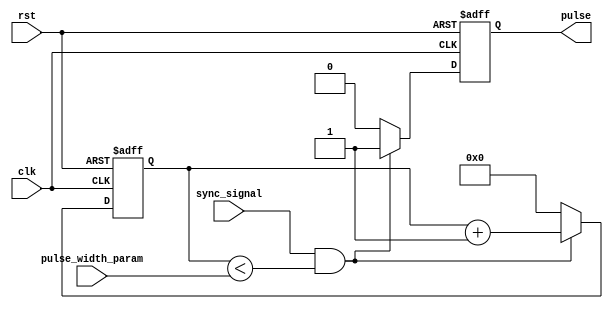
module PulseWidthGenerator (
    input wire clk,
    input wire rst,
    input wire sync_signal,
    input wire [7:0] pulse_width_param,
    output reg pulse
);

reg [7:0] counter;

always @ (posedge clk or posedge rst) begin
    if (rst == 1'b1) begin
        counter <= 8'b0000_0000;
        pulse <= 1'b0;
    end else begin
        if (sync_signal == 1'b1 && counter < pulse_width_param) begin
            counter <= counter + 1;
            pulse <= 1'b1;
        end else begin
            counter <= 8'b0000_0000;
            pulse <= 1'b0;
        end
    end
end

endmodule